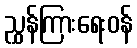
ညွှန်ကြားရေးဝန်